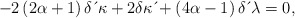
\begin{align*}-2\left( 2\alpha+1\right) \delta \,\acute{}\, \kappa+2\delta \kappa \,\acute{}+\left( 4\alpha-1\right) \delta \,\acute{}\, \lambda=0, \end{align*}